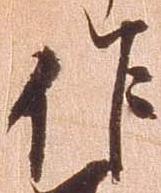
作